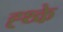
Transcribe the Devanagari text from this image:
ह्थ्के